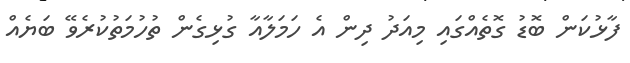
ފާޅުކަން ބޮޑު ގޮތެއްގައި މިއަދު ދިން އެ ހަމަލާއާ ގުޅިގެން ތުހުމަތުކުރެވޭ ބަޔެއް